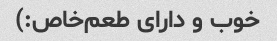
خوب و دارای طعم‌خاص:)